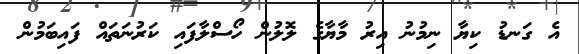
އެ ގަނޑު ކިޔާ ނިމުނު އިރު މާޔާގެ ލޮލުން ހޯސްލާފައި ކަރުނަތައް ފައިބަމުން